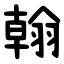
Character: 翰